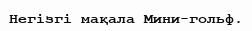
Негізгі мақала Мини-гольф.